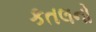
કતલનો